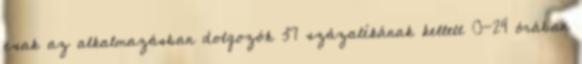
csak az alkalmazásban dolgozók 37 százalékának kellett 0-24 órában